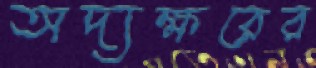
অদ্যক্ষরের